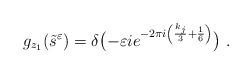
LaTeX: \begin{align*} g_{z_1}\!\left( \tilde{s}^\varepsilon \right) = \delta\big({-}\varepsilon i e^{-2\pi i\left( \frac{k_j}{3} + \frac{1}{6} \right)}\big) \ .\end{align*}